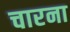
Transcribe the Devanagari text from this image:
चारना